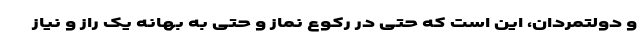
و دولتمردان، این است که حتی در رکوع نماز و حتی به بهانه یک راز و نیاز